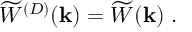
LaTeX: \widetilde { W } ^ { ( { D } ) } ( { \bf k } ) = \widetilde { W } ( { \bf k } ) \; .